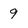
Character: 9